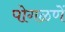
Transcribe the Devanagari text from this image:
पोगळणें